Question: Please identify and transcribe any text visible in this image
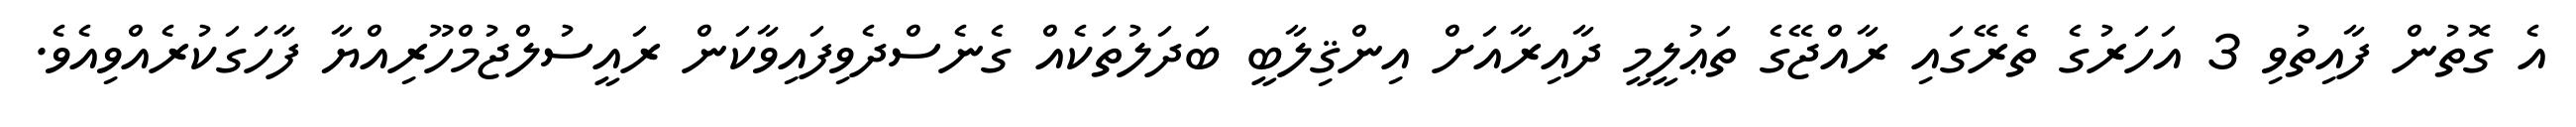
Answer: އެ ގޮތުން ފާއިތުވި 3 އަހަރުގެ ތެރޭގައި ރާއްޖޭގެ ތަޢުލީމީ ދާއިރާއަށް އިންޤިލާބީ ބަދަލުތަކެއް ގެނެސްދެވިފައިވާކަން ރައީސުލްޖުމްހޫރިއްޔާ ފާހަގަކުރެއްވިއެވެ.